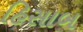
હિસાબ